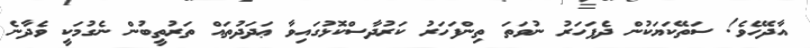
އާދޭހެވެ! ސަތޭކަޔަކުން ދެފަހަރު ނުވަތަ ތިންފަހަރު ކަރުދާސްކޮޅުގައިވާ ޢަދަދުތައް ތަރުތީބުން ނެގުމަކީ ވެދާނެ